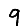
Digit: 9